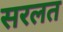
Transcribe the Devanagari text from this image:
सरलत